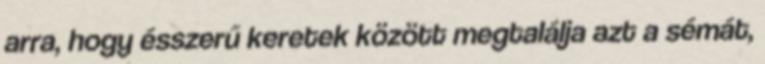
arra, hogy ésszerű keretek között megtalálja azt a sémát,